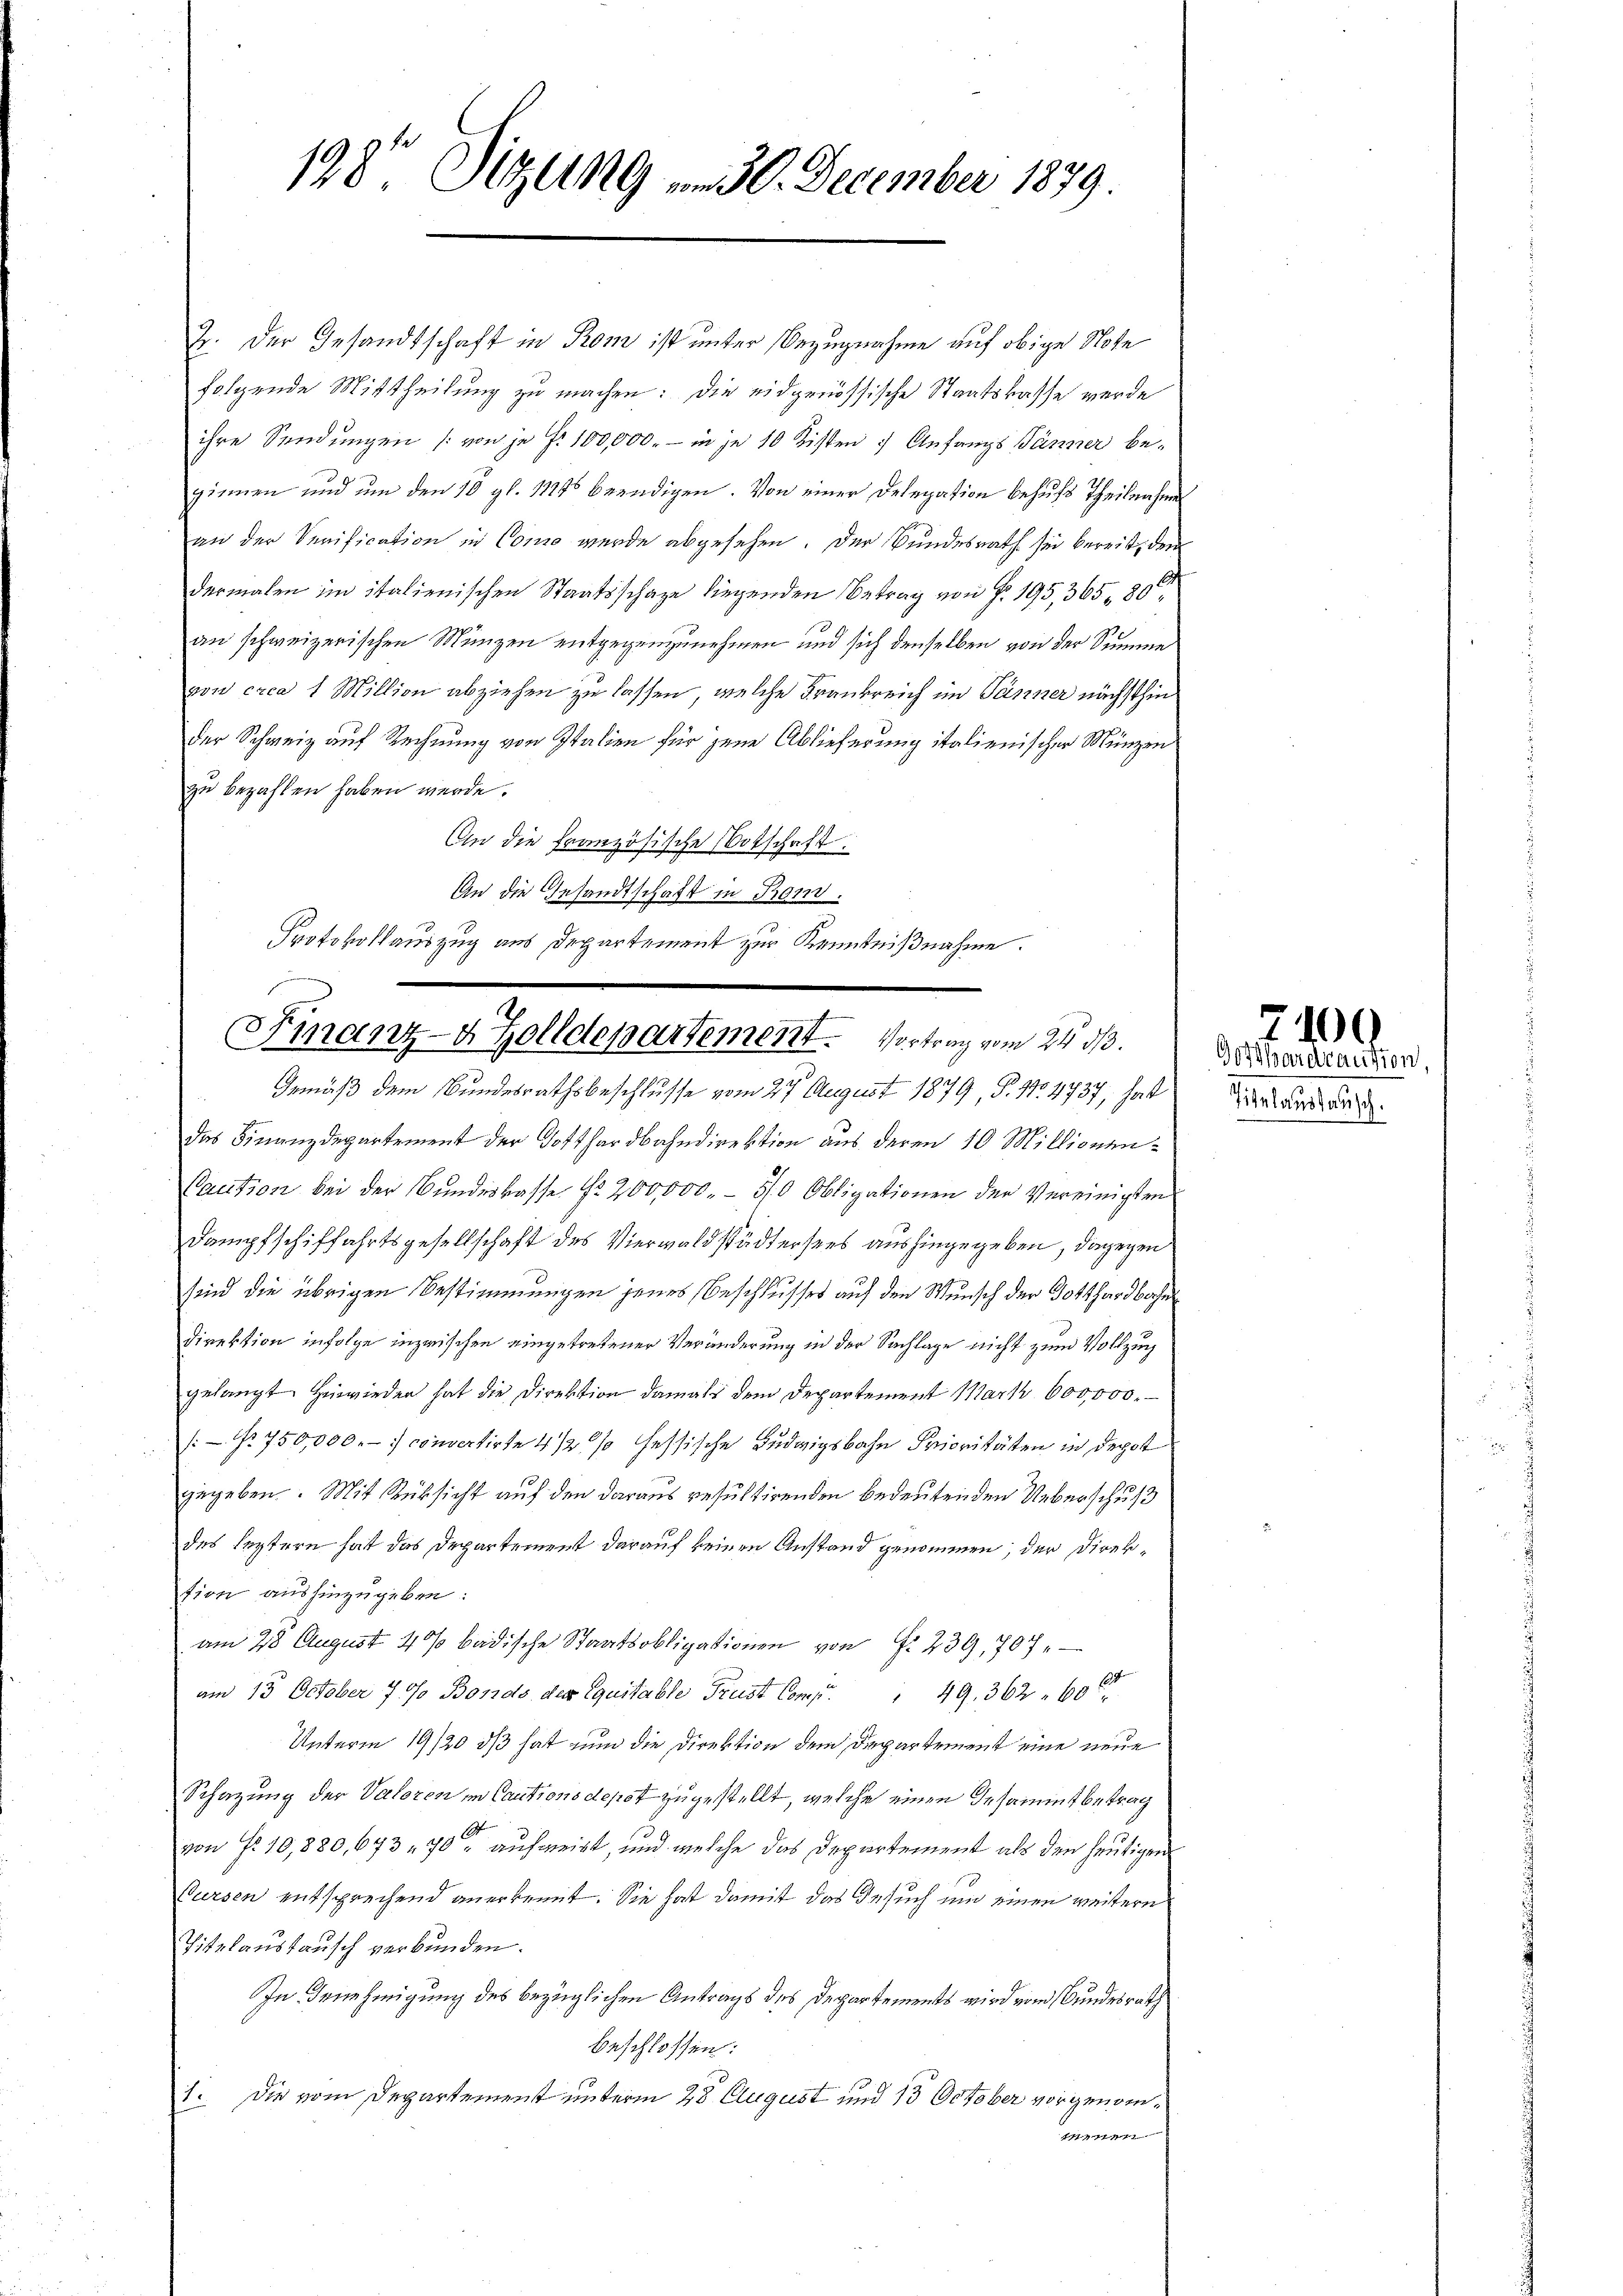
198 Sizung u. 30. December 1879

Z. Der Gesandtschaft in Prom ist unter Bezugnahme auf obige Note
folgende Mittheilung zu machen: die eidgenössische Staatskasse werde
ihre Sendungen (von je f. 100,000.- in je 10 Kisten Anfangs Jänner begiemen und um den 10 gl. 11246 beendigen. Von einer Delegation behufs Theilnahme
an der Verification in Como wurde abgesehen. Der Bundesrath sei bereit, den
1
dermalen im italienischen Staatsschaze liegenden Betrag von § 195, 365, 80
an schweizerischen Münzen entgegenzunehmen und sich denselben von der Summe
von crca 1 Million abziehen zu lassen, welche Frankreich im Jänner nächsthin
der Schweiz auf Rechnung von Italien für jene Ablieferung italienischer Münzen
zu bezahlen haben werde.
An die französische Botschaft.
An die Gesandtschaft in Rom.
Protokollauszug aus Departement zur Kenntnißnahme.

Finanz-4 Zolldepartement. Vortrag vom 24. d.
Gemäß dem Bundesrathsbeschlusse vom 27. August 1879, P. Nr. 4737, hat

das Finanzdepartement der Gotthardbahndirektion aus deren 10 Millionen¬
Caution bei der Bundeskasse Nr. 200,000.- 5/0 Obligationen der Vereinigten
Dampfschiffahrtsgesellschaft des Vierwaldstädtersees aushingegeben, dagegen
sind die übrigen Bestimmungen jenes Beschlusses auf den Wunsch der Gotthardbachen
Direktion infolge inzwischen eingetretener Veränderung in der Sachlage nicht zum Vollzug
gelangt Heirden hat die Direktion damals dem Departement Mark 600,000.
/: No 750,000.-) convertirte 4 1/2 % fessische Ludwigsbahn Prioritäten in depot
gegeben. Mit Rüksicht auf den daraus resultirenden bedeutenden Ueberschuß
des leztern hat das Departement darauf keinen Anstand genommen, der Direktion aushinzugeben:
am 28 August 4% badische Staatsobligationen von § 239, 707.
am 13. October 790 Bonds der Equitable Prust Comp. " 49. 362 " 600
Unterm 19/20 dß hat nun die Direktion dem Departement eine neue
Schazung der Valoren in Cautions depot zugestellt, welche einen Gesammtbetrag
von Fr. 10,880, 673 - 70 aufweist, und welche das Departement als den heutigen
Bursen entsprechend anerkennt. Sie hat damit das Gesuch und einen weitern
Titelaustausch verbunden.
In Benehmigung des bezüglichen Antrags des Departements wird vom Bundesrath
beschlossen:
1. Die vom Departement unterm 28. August und 13 October vorgenom¬
4

Gotthardcaution,
Stranstausch

7100.